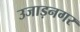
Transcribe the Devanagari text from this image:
उजाड़नगर